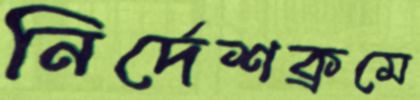
নির্দেশক্রমে